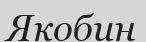
Якобин